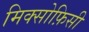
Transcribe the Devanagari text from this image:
मिक्सोफ़िसी